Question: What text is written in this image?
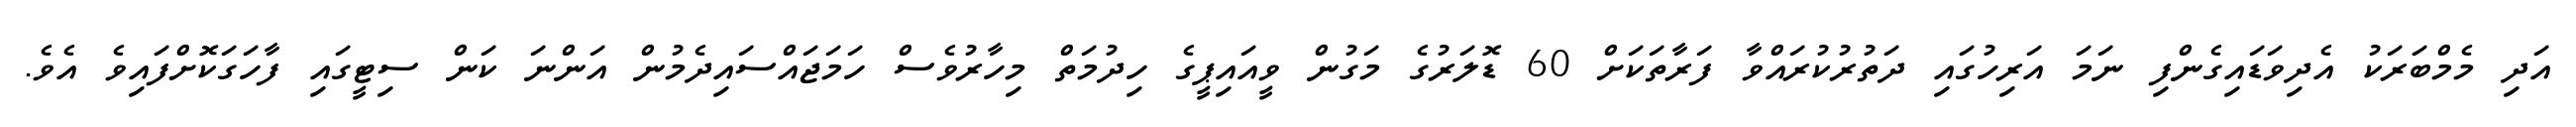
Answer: އަދި މެމްބަރަކު އެދިވަޑައިގެންފި ނަމަ އަރިހުގައި ދަތުރުކުރައްވާ ފަރާތަކަށް 60 ޑޮލަރުގެ މަގުން ވީއައިޕީގެ ހިދުމަތް މިހާރުވެސް ހަމަޖައްސައިދެމުން އަންނަ ކަން ސިޓީގައި ފާހަގަކޮށްފައިވެ އެވެ.